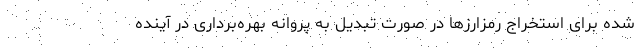
شده برای استخراج رمزارزها در صورت تبدیل به پروانه بهره‌برداری در آینده